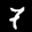
Label: 7